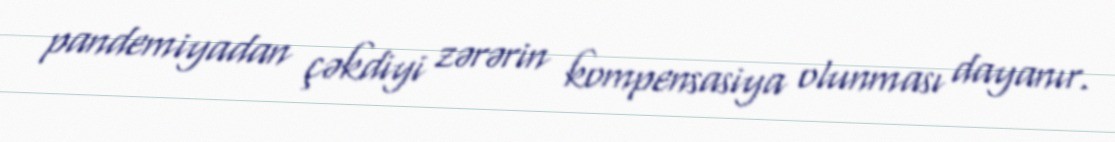
pandemiyadan çəkdiyi zərərin kompensasiya olunması dayanır.